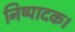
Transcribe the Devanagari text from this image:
निष्पादक।